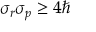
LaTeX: \sigma _ { r } \sigma _ { p } \geq 4 \hbar